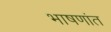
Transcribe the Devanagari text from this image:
भाषणांत